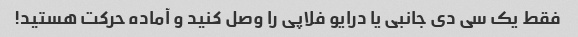
فقط یک سی دی جانبی یا درایو فلاپی را وصل کنید و آماده حرکت هستید!